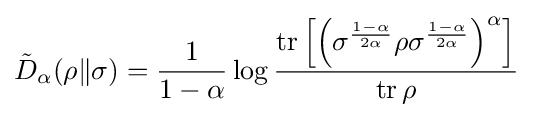
{\tilde {D}}_{\alpha }(\rho \|\sigma )={\frac {1}{1-\alpha }}\log {\frac {\operatorname {tr} \left[\left(\sigma ^{\frac {1-\alpha }{2\alpha }}\rho \sigma ^{\frac {1-\alpha }{2\alpha }}\right)^{\alpha }\right]}{\operatorname {tr} \rho }}